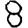
Digit: 8